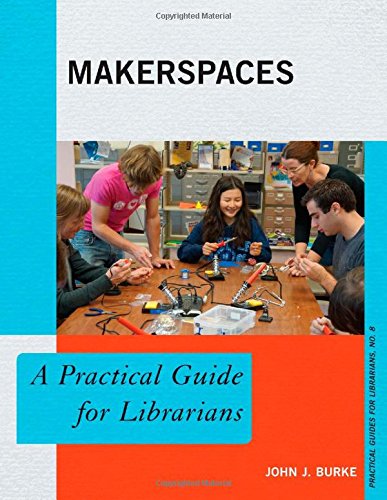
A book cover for Makerspaces: A Practical Guide for Librarians (Practical Guides for Librarians); John J. Burke; Politics & Social Sciences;